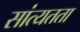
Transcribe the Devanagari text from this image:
सांत्यतता